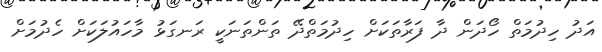
އަދު ހިދުމަތް ހޯދަން ދާ ފަރާތަކަށް ހިދުމަތްދޭ ތަންތަނަކީ ރަނގަޅު މާހައުލަކަށް ހެދުމަށް